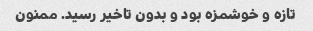
تازه و خوشمزه بود و بدون تاخیر رسید. ممنون